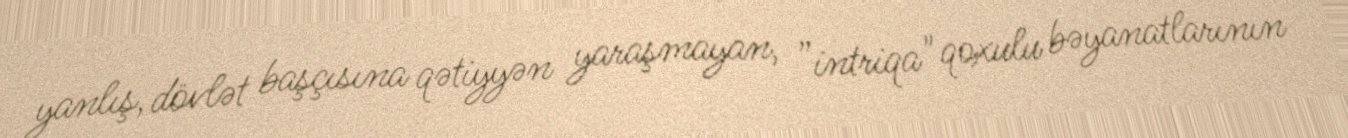
yanlış, dövlət başçısına qətiyyən yaraşmayan, ”intriqa" qoxulu bəyanatlarının